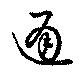
通